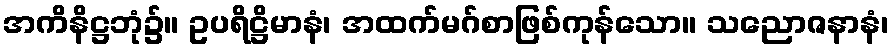
အကိနိဋ္ဌဘုံ၌။ ဥပရိဋ္ဌိမာနံ၊ အထက်မဂ်စာဖြစ်ကုန်သော။ သညောဇနာနံ၊